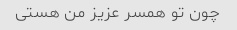
چون تو همسر عزیز من هستی